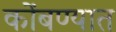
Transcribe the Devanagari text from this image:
कोंबण्यात